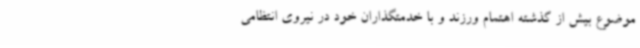
موضوع بیش از گذشته اهتمام ورزند و با خدمتگذاران خود در نیروی انتظامی